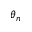
\theta _ { n }